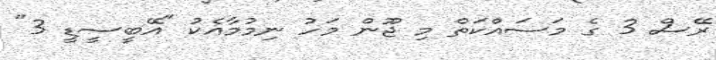
ރޭސް 3 ގެ މަސައްކަތް މި ޖޫން މަހު ނިމުމާއެކު "އޭބީސީޑީ 3"